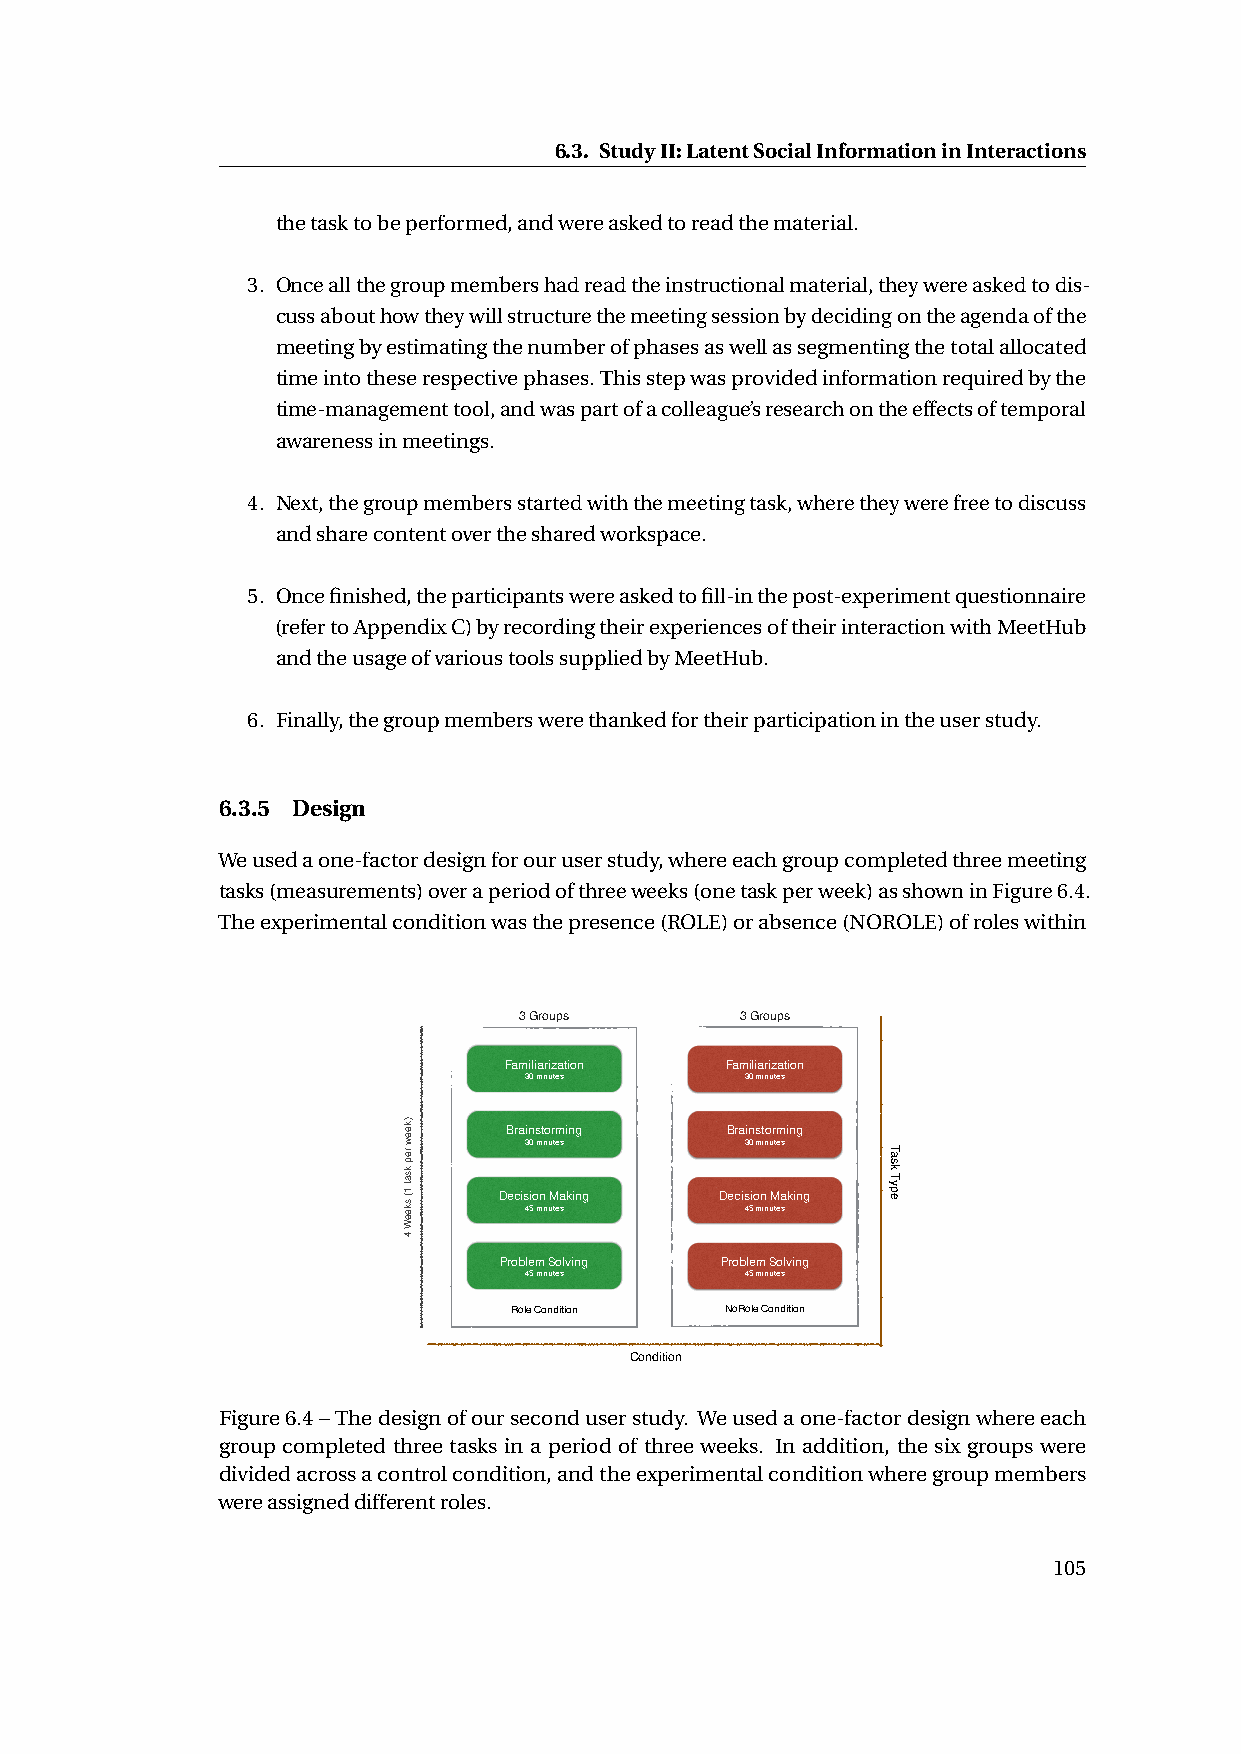
6.3. StudyII:LatentSocialInformationinInteractions
 thetasktobeperformed,andwereaskedtoreadthematerial.
 3. Onceallthegroupmembershadreadtheinstructionalmaterial,theywereaskedtodis-
 cussabouthowtheywillstructurethemeetingsessionbydecidingontheagendaofthe
 meetingbyestimatingthenumberofphasesaswellassegmentingthetotalallocated
 timeintotheserespectivephases.Thisstepwasprovidedinformationrequiredbythe
 time-managementtool,andwaspartofacolleague’sresearchontheeffectsoftemporal
 awarenessinmeetings.
 4. Next,thegroupmembersstartedwiththemeetingtask,wheretheywerefreetodiscuss
 andsharecontentoverthesharedworkspace.
 5. Oncefinished,theparticipantswereaskedtofill-inthepost-experimentquestionnaire
 (refertoAppendixC)byrecordingtheirexperiencesoftheirinteractionwithMeetHub
 andtheusageofvarioustoolssuppliedbyMeetHub.
 6. Finally,thegroupmemberswerethankedfortheirparticipationintheuserstudy.
 6.3.5 Design
 Weusedaone-factordesignforouruserstudy,whereeachgroupcompletedthreemeeting
 tasks(measurements)overaperiodofthreeweeks(onetaskperweek)asshowninFigure6.4.
 Theexperimentalconditionwasthepresence(ROLE)orabsence(NOROLE)ofroleswithin
 3 Groups       3 Groups
 Familiarization Familiarization
 30 minutes    30 minutes
 Brainstorming Brainstorming
 30 minutes    30 minutes
 Decision Making Decision Making
 45 minutes    45 minutes
 Problem Solving Problem Solving
 45 minutes    45 minutes
 Role Condition NoRole Condition
 Condition
 Figure6.4–Thedesignofourseconduserstudy. Weusedaone-factordesignwhereeach
 group completed three tasks in a period of three weeks. In addition, the six groups were
 dividedacrossacontrolcondition,andtheexperimentalconditionwheregroupmembers
 wereassigneddifferentroles.
 105
 )keew
 rep
 ksat
 1(
 skeeW
 4
 Task
 Type